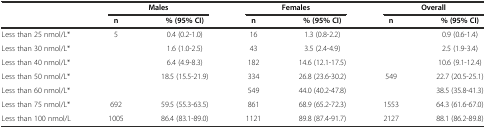
<table><thead><tr><td>[EMPTY_CELL]</td><td colspan="2"><b>Males</b></td><td colspan="2"><b>Females</b></td><td colspan="2"><b>Overall</b></td></tr><tr><td>[EMPTY_CELL]</td><td><b>n</b></td><td><b>% (95% CI)</b></td><td><b>n</b></td><td><b>% (95% CI)</b></td><td><b>n</b></td><td><b>% (95% CI)</b></td></tr></thead><tbody><tr><td>Less than 25 nmol/L*</td><td>5</td><td>0.4 (0.2-1.0)</td><td>16</td><td>1.3 (0.8-2.2)</td><td>[EMPTY_CELL]</td><td>0.9 (0.6-1.4)</td></tr><tr><td>Less than 30 nmol/L*</td><td>[EMPTY_CELL]</td><td>1.6 (1.0-2.5)</td><td>43</td><td>3.5 (2.4-4.9)</td><td>[EMPTY_CELL]</td><td>2.5 (1.9-3.4)</td></tr><tr><td>Less than 40 nmol/L*</td><td>[EMPTY_CELL]</td><td>6.4 (4.9-8.3)</td><td>182</td><td>14.6 (12.1-17.5)</td><td>[EMPTY_CELL]</td><td>10.6 (9.1-12.4)</td></tr><tr><td>Less than 50 nmol/L*</td><td>[EMPTY_CELL]</td><td>18.5 (15.5-21.9)</td><td>334</td><td>26.8 (23.6-30.2)</td><td>549</td><td>22.7 (20.5-25.1)</td></tr><tr><td>Less than 60 nmol/L*</td><td>[EMPTY_CELL]</td><td>[EMPTY_CELL]</td><td>549</td><td>44.0 (40.2-47.8)</td><td>[EMPTY_CELL]</td><td>38.5 (35.8-41.3)</td></tr><tr><td>Less than 75 nmol/L*</td><td>692</td><td>59.5 (55.3-63.5)</td><td>861</td><td>68.9 (65.2-72.3)</td><td>1553</td><td>64.3 (61.6-67.0)</td></tr><tr><td>Less than 100 nmol/L</td><td>1005</td><td>86.4 (83.1-89.0)</td><td>1121</td><td>89.8 (87.4-91.7)</td><td>2127</td><td>88.1 (86.2-89.8)</td></tr></tbody></table>